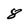
Character: 8